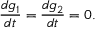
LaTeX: { \frac { d g _ { 1 } } { d t } } = { \frac { d g _ { 2 } } { d t } } = 0 .